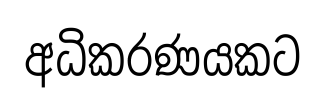
අධිකරණයකට